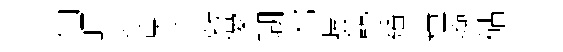
仙暉銜泉悉竅優瑚鄰嶧龕繙糧籞砧